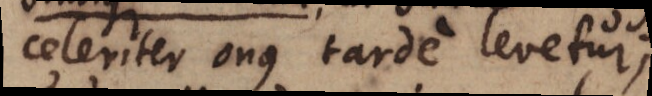
celeriter onus tarde levetur;